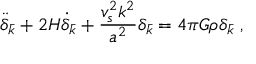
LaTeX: \ddot { \delta } _ { \bar { k } } + 2 H \dot { \delta } _ { \bar { k } } + \frac { v _ { s } ^ { 2 } k ^ { 2 } } { a ^ { 2 } } \delta _ { \bar { k } } = 4 \pi G \rho \delta _ { \bar { k } } ~ ,